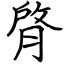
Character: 䏿